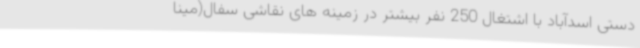
دستی اسدآباد با اشتغال 250 نفر بیشتر در زمینه های نقاشی سفال(مینا